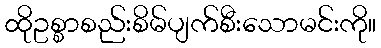
ထိုဥစ္စာစည်းစိမ်ပျက်စီးသောမင်းကို။